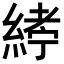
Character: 𦂂